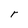
Character: r